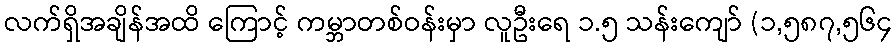
လက်ရှိအချိန်အထိ ကြောင့် ကမ္ဘာတစ်ဝန်းမှာ လူဦးရေ ၁.၅ သန်းကျော် (၁,၅၈၇,၅၆၄